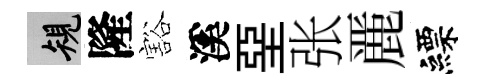
規隆豁溪堊张䴡縹